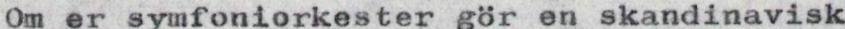
Om er symfoniorkester gör en skandinavisk